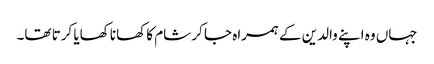
جہاں وہ اپنے والدین کے ہمراہ جا کر شام کا کھانا کھایا کرتا تھا۔